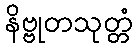
နိဗ္ဗုတသုတ္တံ